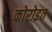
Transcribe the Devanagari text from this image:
कोरोइत